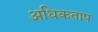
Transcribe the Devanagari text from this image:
अधिकताप